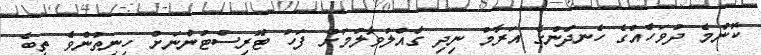
ކޮންމެ ދުވަހެއްގެ ހެނދުނުގެ އަރާމު ނިދި ގެއްލުވާލުމަށް ފަހު ޓޫރިސްޓުންނަށް ހިނިތުންވެ ތިބެ